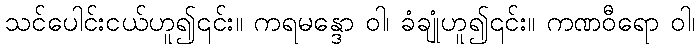
သင်ပေါင်းငယ်ဟူ၍၎င်း။ ကရမန္ဒော ဝါ၊ ခံချုံဟူ၍၎င်း။ ကဏဝီရော ဝါ၊